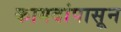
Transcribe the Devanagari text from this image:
कागदांपासून